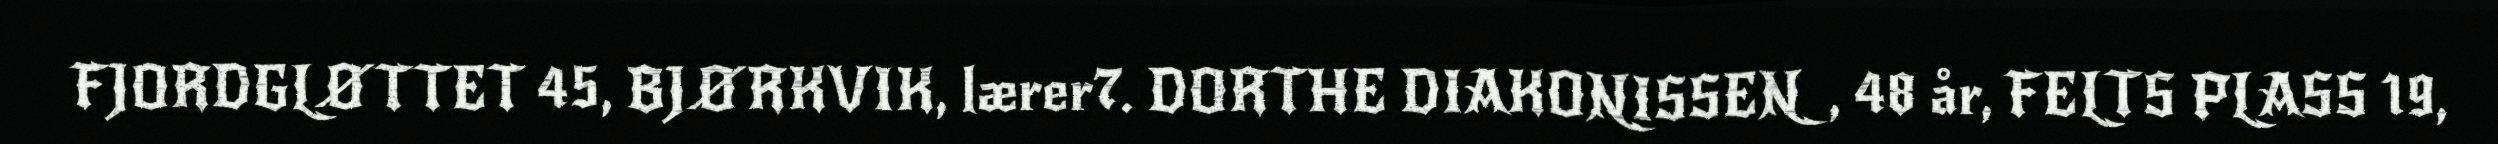
FJORDGLØTTET 45, BJØRKVIK, lærer7. DORTHE DIAKONISSEN, 48 år, FELTS PLASS 19,